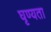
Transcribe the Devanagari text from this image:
घृण्यता